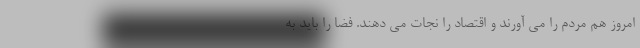
امروز هم مردم را می آورند و اقتصاد را نجات می دهند. فضا را باید به